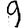
Digit: 9